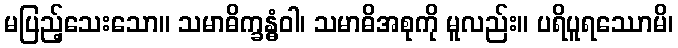
မပြည့်သေးသော။ သမာဓိက္ခန္ဓံဝါ၊ သမာဓိအစုကို မူလည်း။ ပရိပူရဿောမိ၊